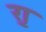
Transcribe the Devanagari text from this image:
र्‍ाृ